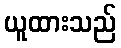
ယူထားသည်